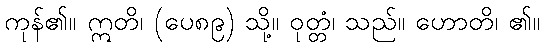
ကုန်၏။ ဣတိ၊ (ပေ၈၉) သို့။ ဝုတ္တံ၊ သည်။ ဟောတိ၊ ၏။